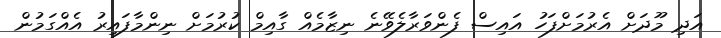
އަދި މޫދަށް އެރުމަށްފަހު އައިސް ފެންވަރާލެވޭނެ ނިޒާމެއް ގާއިމް ކުރުމަށް ނިންމާފައިރު އެއްގަމުން